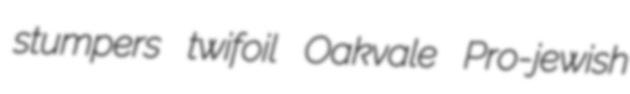
stumpers twifoil Oakvale Pro-jewish